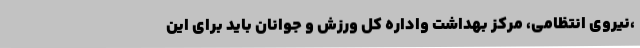
،نیروی انتظامی، مرکز بهداشت واداره کل ورزش و جوانان باید برای این